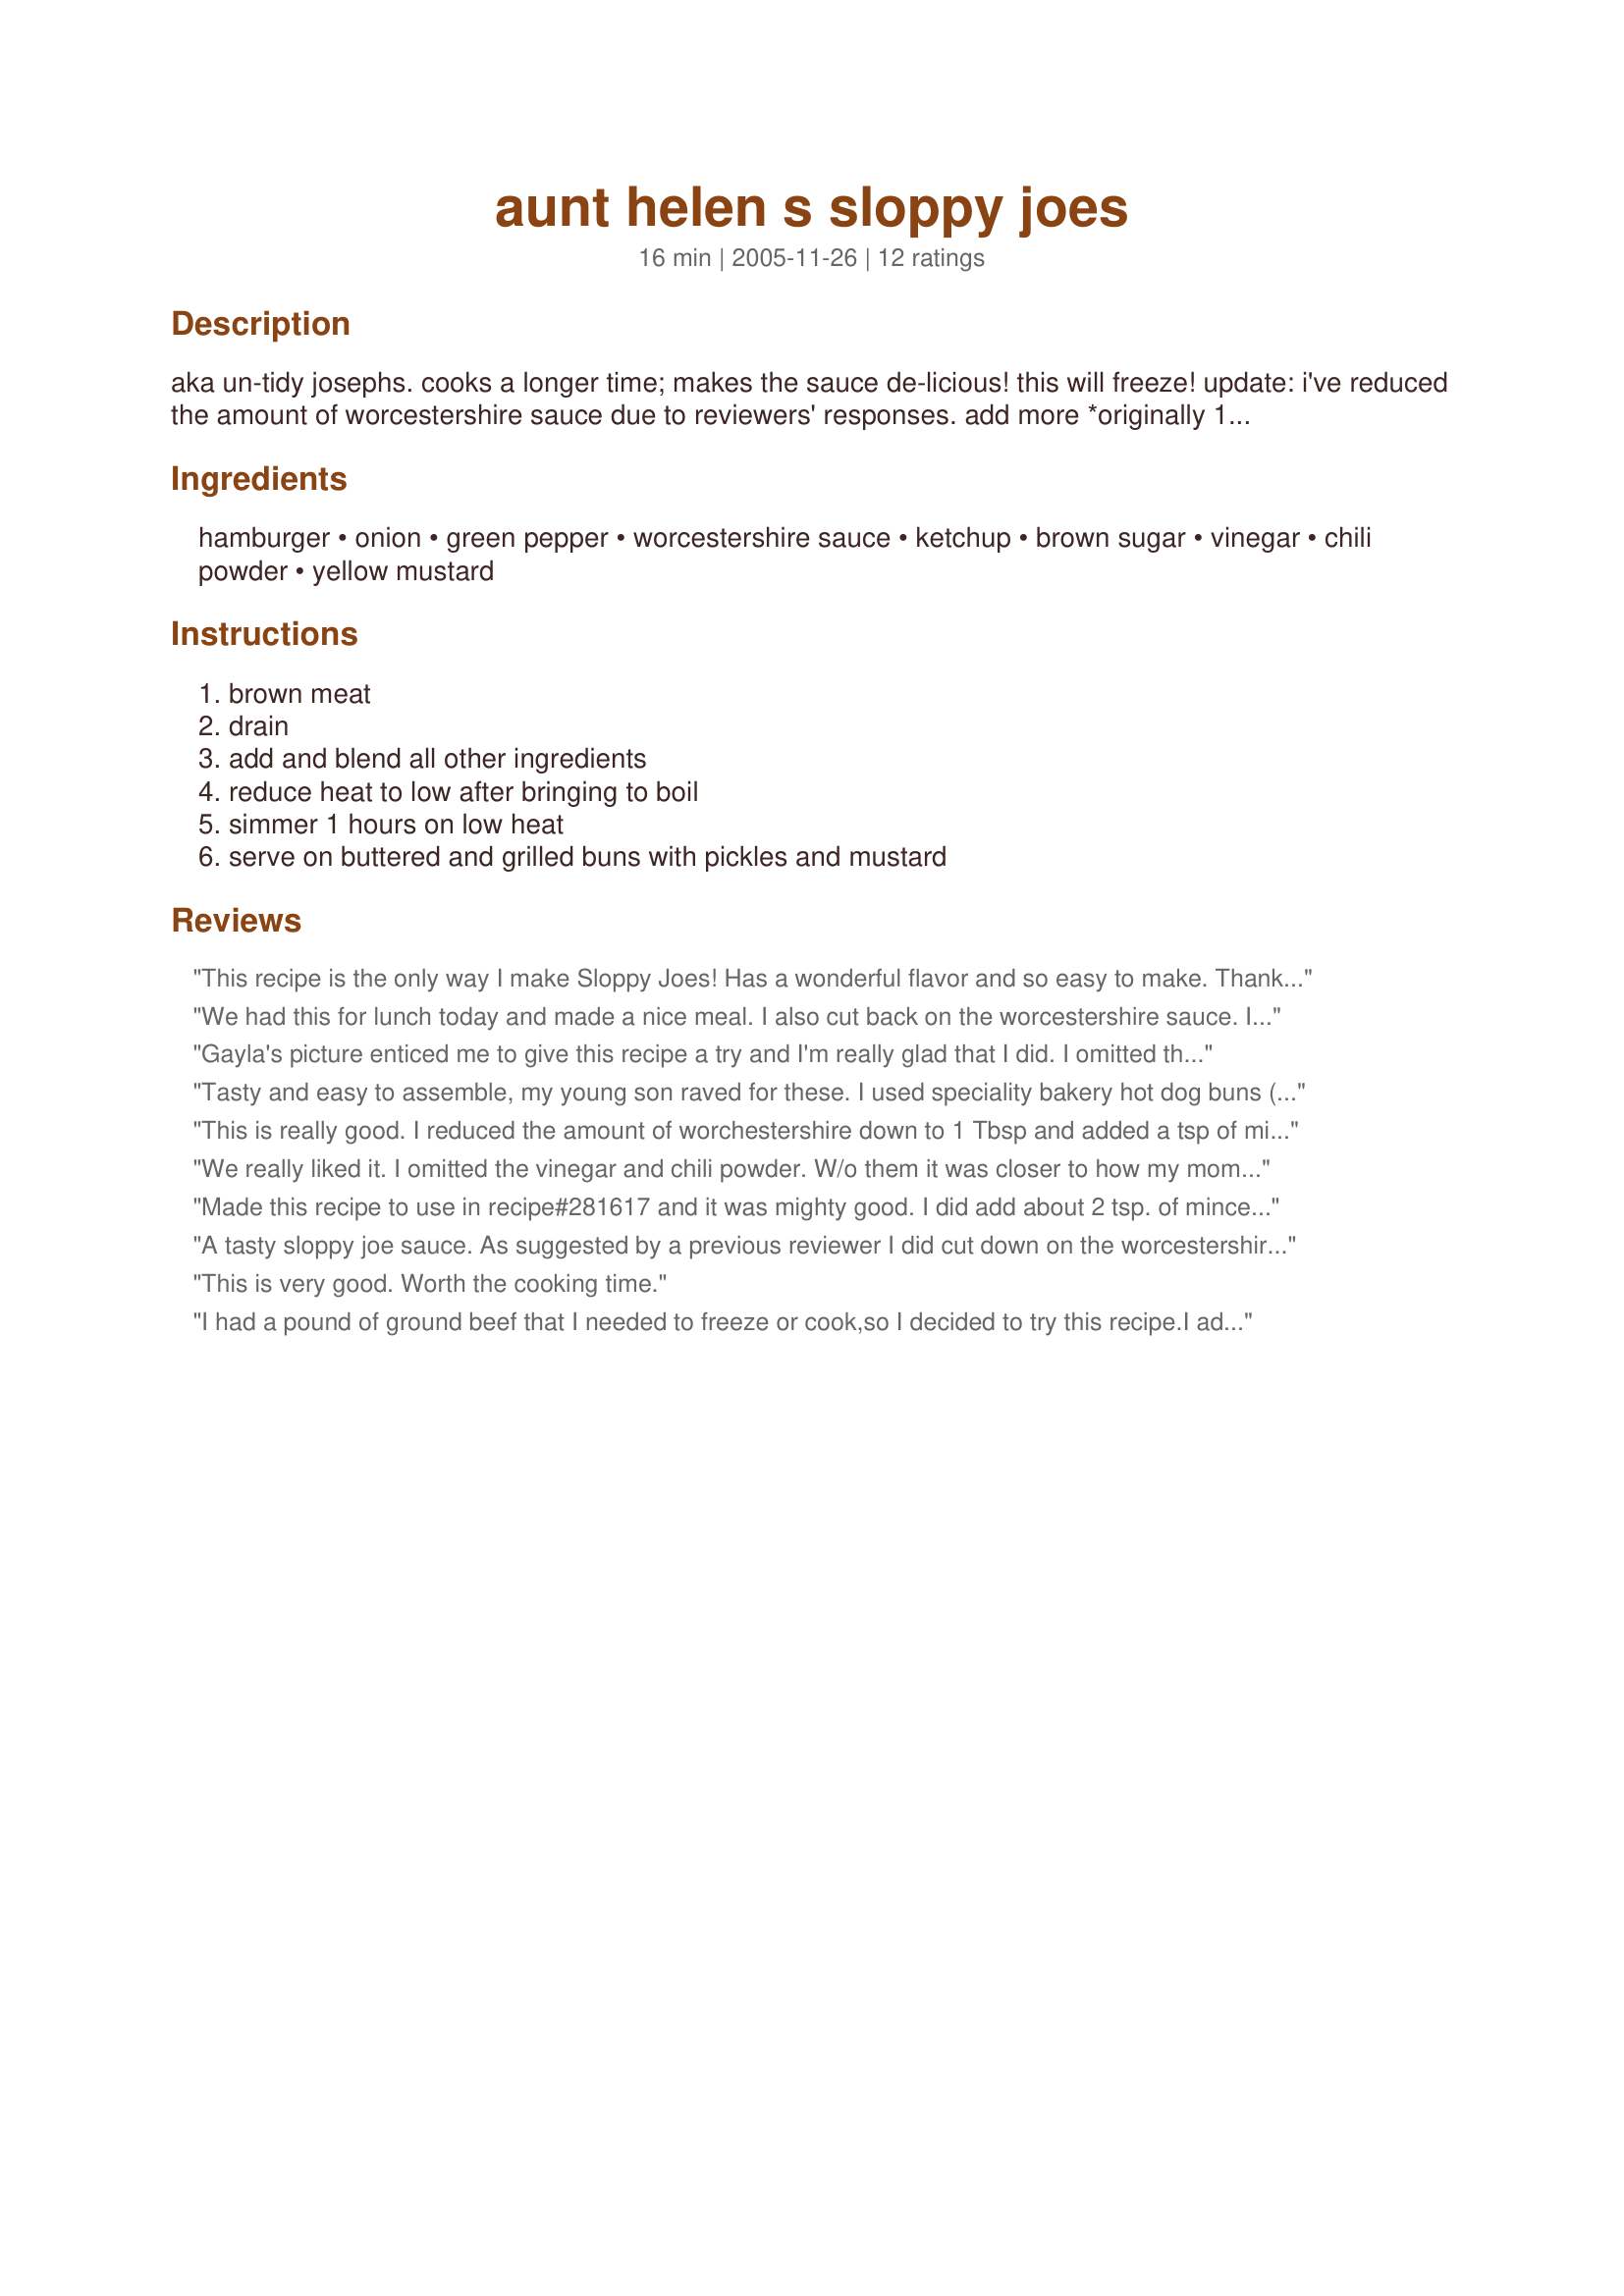
aunt helen s sloppy joes
Preparation time: 16 minutes

aka un-tidy josephs. cooks a longer time; makes the sauce de-licious! this will freeze!
update: i've reduced the amount of worcestershire sauce due to reviewers' responses. add more *originally 1/8 cup* if you like. :)

Ingredients:
hamburger, onion, green pepper, worcestershire sauce, ketchup, brown sugar, vinegar, chili powder, yellow mustard

Steps:
brown meat, drain, add and blend all other ingredients, reduce heat to low after bringing to boil, simmer 1 hours on low heat, serve on buttered and grilled buns with pickles and mustard

Reviews:
This recipe is the only way I make Sloppy Joes!
Has a wonderful flavor and so easy to make. Thanks for posting...
We had this for lunch today and made a nice meal. I also cut back on the worcestershire sauce. I had French country style bread and used that instead of buns.
Thank you.
Gayla's picture enticed me to give this recipe a try and I'm really glad that I did. I omitted the green pepper as I didn't have any on hand, but followed the recipe besides that, including letting it simmer for so long. This wasn't a traditional sloppy joe recipe. It was a nice change from the ordinary and one that I'll be making time and time again! Thanks for sharing it!
Tasty and easy to assemble, my young son raved for these. I used speciality bakery hot dog buns ( closed ends ) which were just perfect for his small hands and mouth. I added american cheese and broiled till slightly melted. I'll make these again, thank you.
This is really good. I reduced the amount of worchestershire down to 1 Tbsp and added a tsp of minced garlic. Those were the only changes I made...just thought 1/8 c worchestershire might be too much and added garlic because of other reviewers' suggestion. Hubby not too wild for sloppy joes but loved these,making these again after 2 weeks. thanks for great recipe!!!
We really liked it. I omitted the vinegar and chili powder. W/o them it was closer to how my mom used to make it. My son liked it and my 20 mo old ate the entire bun full I gave her. I was shocked. she usually never eats the whole thing. This recipe is a keeper!
Made this recipe to use in recipe#281617 and it was mighty good. I did add about 2 tsp. of minced garlic to the hamburger while frying and just 1Tbs worcestershire sauce and 2 Tbs of brown sugar with 1 tsp of chili powder. I omitted the vinegar as I didn't feel it needed it. The flavor was excellent!! I also added 1/2 c water to let simmer the 1 1/2 that the recipe calls for. The water had absorbed wonderfully and this sloppy joe recipe work great for the recipe I was using it in. Thanks so much for sharing the recipe!! I will be making this recipe for sloppy joe sandwiches soon :)
A tasty sloppy joe sauce. As suggested by a previous reviewer I did cut down on the worcestershire sauce and added a little more brown sugar. Delicious!
This is very good. Worth the cooking time.
I had a pound of ground beef that I needed to freeze or cook,so I decided to try this recipe.I added another tablespoon of brown sugar,and a full teaspoon of the chili powder.After I had simmered it for about 45 min.(all the time I had)I had to do a "Quality Control Test( I ate of couple of bites:))well, to me it just tasted a little to vinegary and I didn't even add the vinegar.If i make this again,I'm going to cut the worcestershire sauce back to 1/8 cup.EDITED TO UPDATE:After letting this come to room temp.the "vinegary" taste seemed to mellow out and in my previous review I forgot to mention that I didn't add the green peppers( just a personal preferance)But,I still think that if I do make this again,I still will cut the worcestershire sauce down to 1/8th of a cup.


I made these joes one time and I'll always make these from now on. I like to put fresh garlic,green,red,and yellow bell peppers in it and some serrano peppers for a little zing
Tasty! I had never tried your suggestion of mustard and pickles on sloppy joes, so I had to--quite good. :) Thanks for posting!
